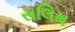
સલિમ